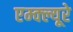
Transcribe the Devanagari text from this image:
एम्क्ल्यूरे